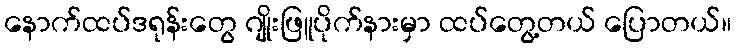
နောက်ထပ်ဒရုန်းတွေ ဂျိုးဖြူပိုက်နားမှာ ထပ်တွေ့တယ် ပြောတယ်။